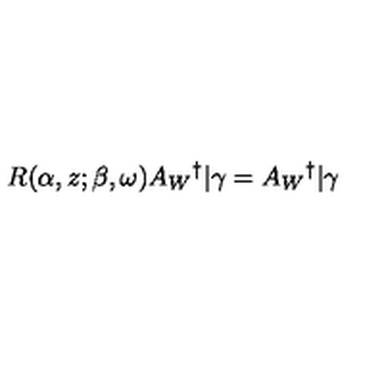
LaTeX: R ( \alpha , z ; \beta , \omega ) A _ { W } { } ^ { \dag } | \gamma = A _ { W } { } ^ { \dag } | \gamma